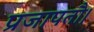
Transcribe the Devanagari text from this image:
प्रजापतौ।